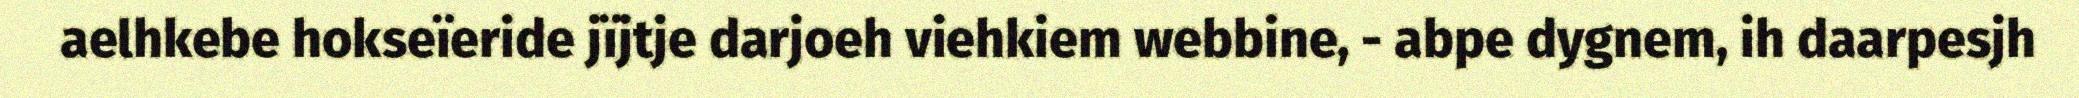
aelhkebe hokseïeride jïjtje darjoeh viehkiem webbine, - abpe dygnem, ih daarpesjh